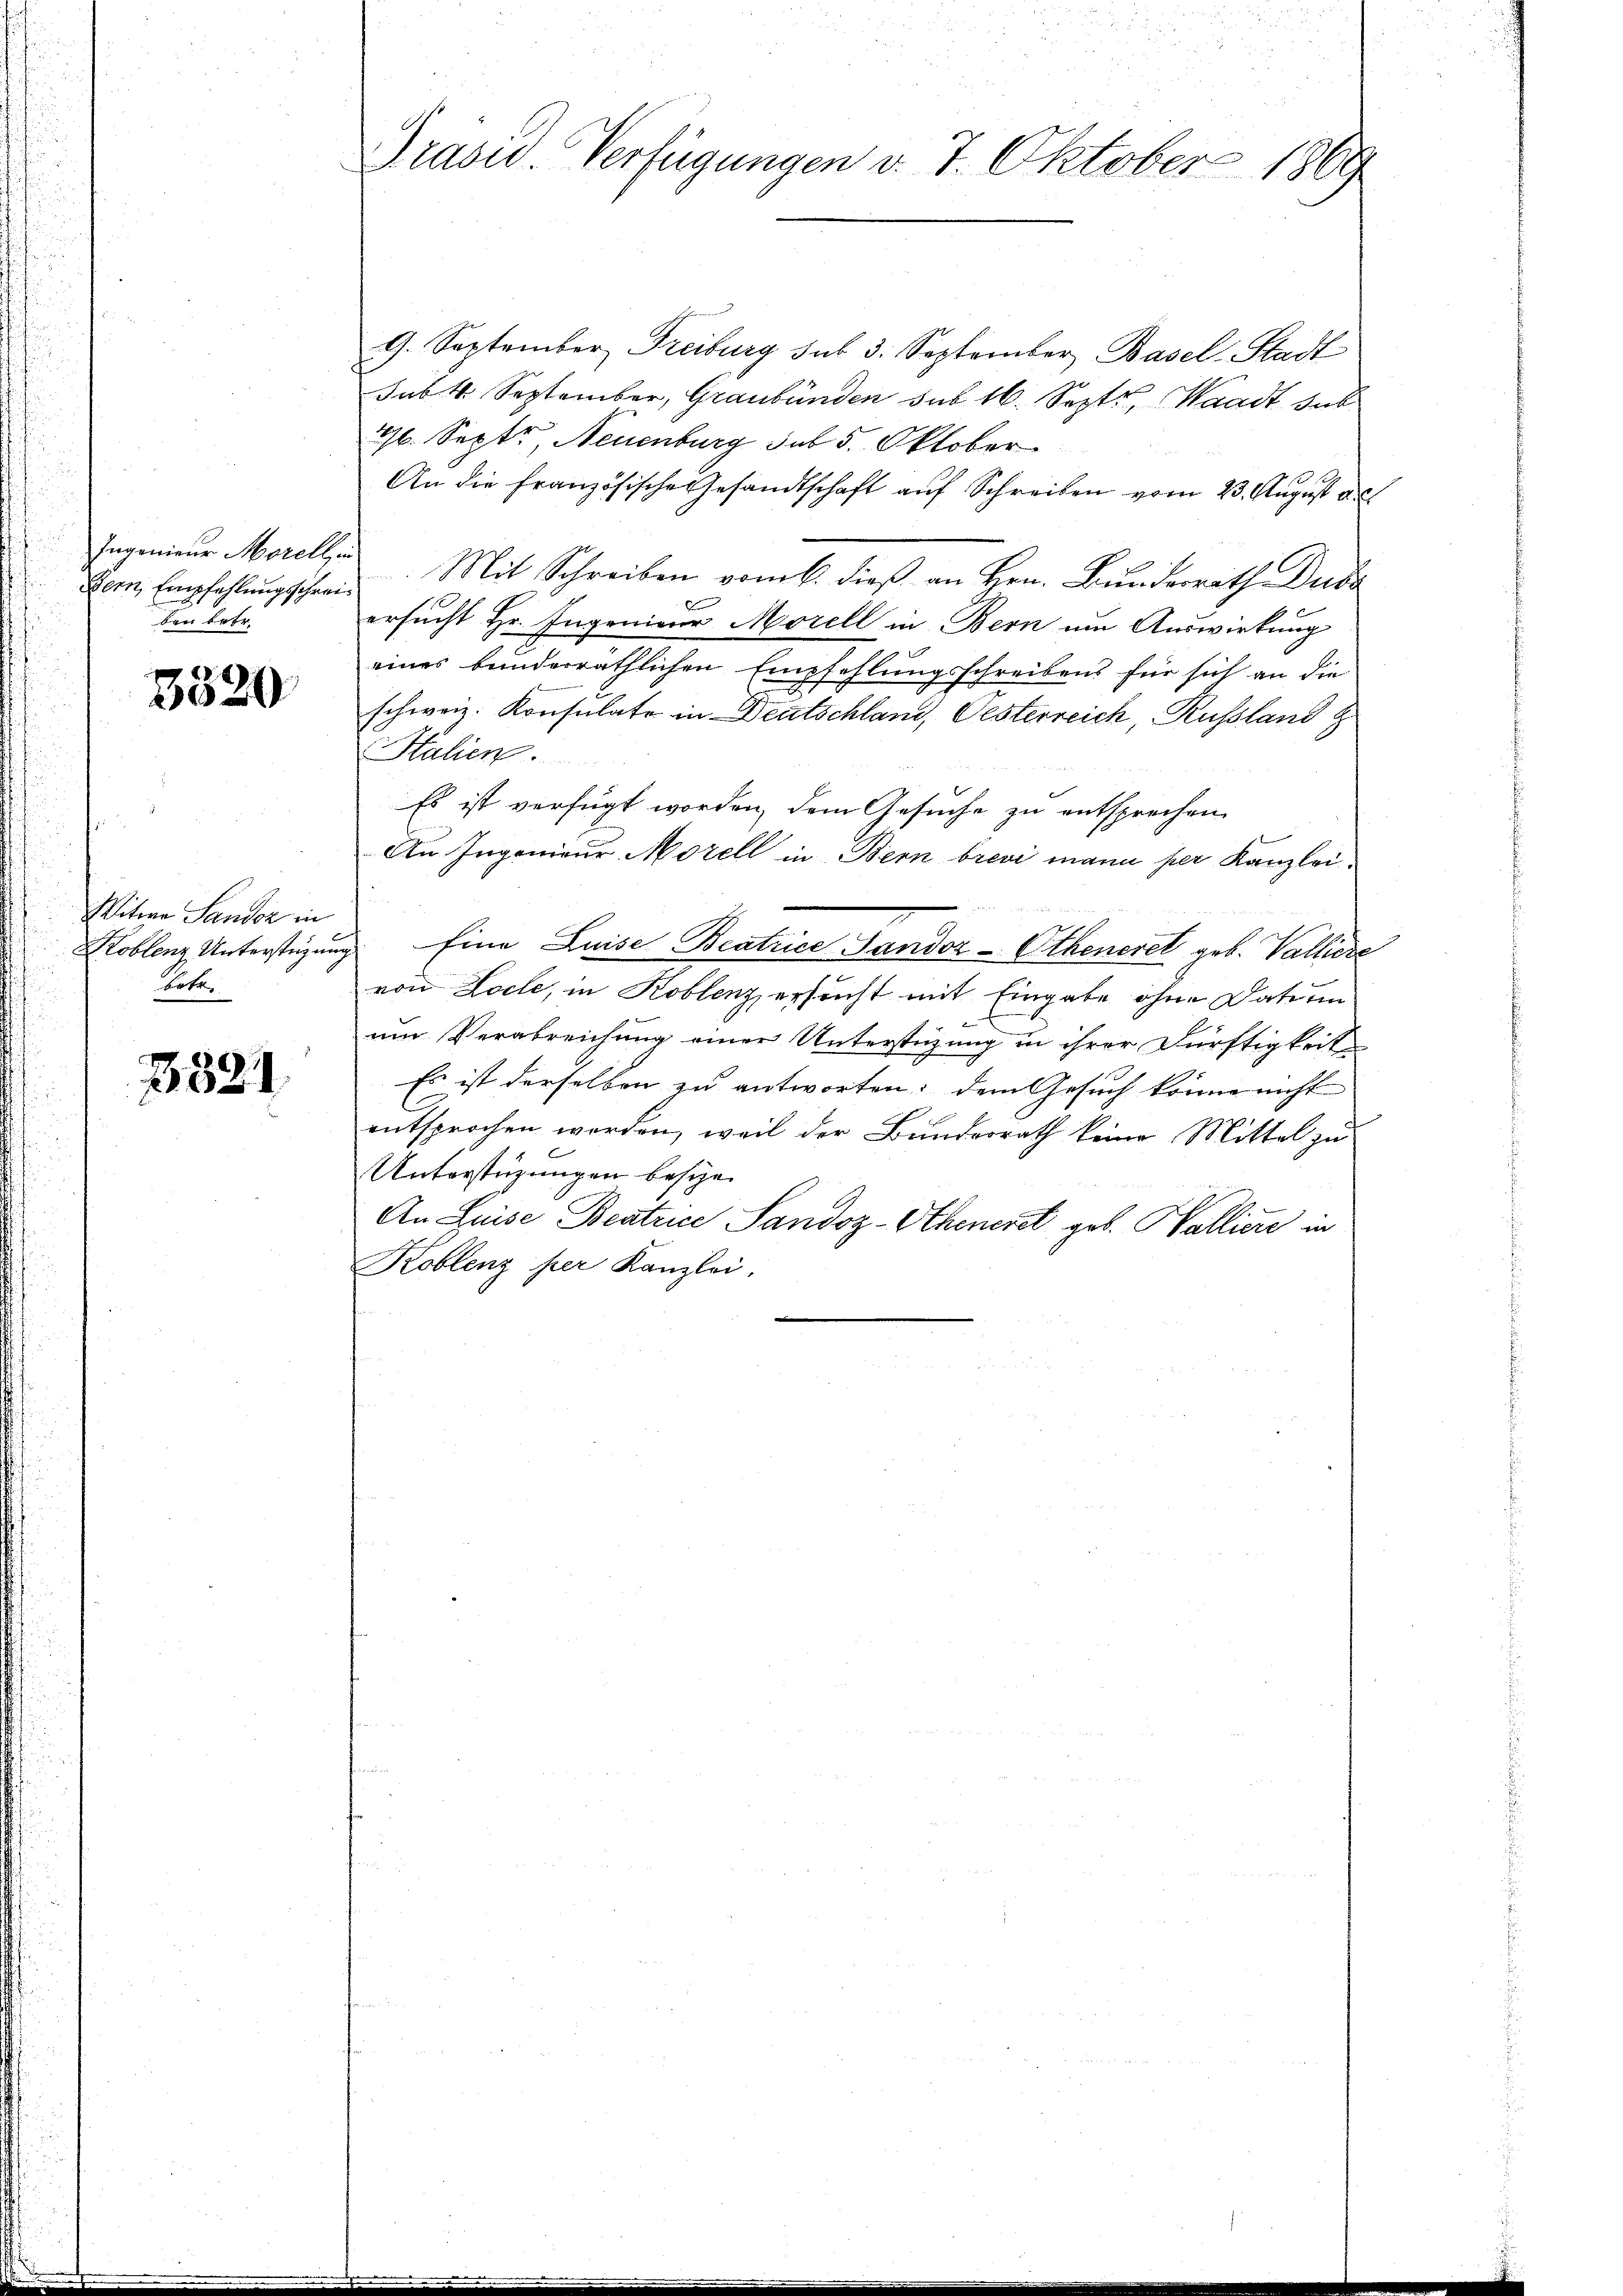
Ingenieur Morell,
Bern Empfehlungsschrei
ben betr.

3320

Witwe Sandoz in
Koblenz Unterstüzun
betr.

3821

Präsid.. Verfügungen v. 7. Oktober 1869

9. September Freiburg sub 3. September Basel-Stadt
sub. 4. September, Graubünden sub 16. Sept., Waadt sub
1/6. Sept., Neuenburg sub 5. Oktober
An die französische Gesandtschaft auf Schreiben vom 23. August als
Mit Schreiben vom 6. dieß an Hrn. Bundesrath Dubs
ersucht Hr. Ingenieur Morell in Bern um Auswirkung
eines bunderräthlichen Empfehlungsschreibens für sich an die
schweiz. Konsulato in Deutschland, Oesterreich, Russland z
Stalien.
Es ist verfügt worden, dem Gesuche zu entsprechen
An Ingenieur Morell in Bern brevi mann per Kanzlei¬
Eine Luise Beatrice Sandor-Otheneret geb. Valliere
von Loche, in Koblenz ersucht mit Eingabe ohne Datum
um Verabreichung einer Unterstützung in ihrer Dürftigkeit
Es ist derselben zu antworten; dem Gesuch könne nicht
entsprochen worden, weil der Bundesrath keine Mittel zu
Unterstüzungen besche
An Luise Beatrice Sandoz-Otheneret geb. Walliere in
Koblenz per Kanzlei.